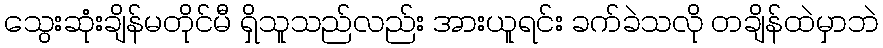
သွေးဆုံးချိန်မတိုင်မီ ရှိသူသည်လည်း အားယူရင်း ခက်ခဲသလို တချိန်ထဲမှာဘဲ